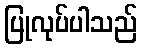
ပြုလုပ်ပါသည်